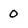
Character: 0